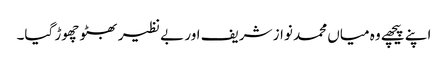
اپنے پیچھے وہ میاں محمد نواز شریف اور بے نظیر بھٹو چھوڑ گیا۔